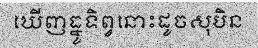
ឃើញធ្នូទិព្វនោះដូចសុបិន